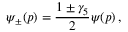
\psi _ { \pm } ( p ) = { \frac { 1 \pm \gamma _ { 5 } } { 2 } } \psi ( p ) \, ,